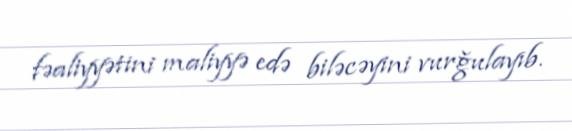
fəaliyyətini maliyyə edə biləcəyini vurğulayıb.